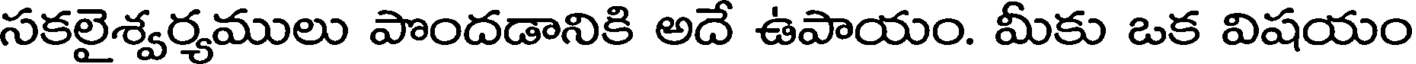
సకలైశ్వర్యములు పొందడానికి అదే ఉపాయం. మీకు ఒక విషయం